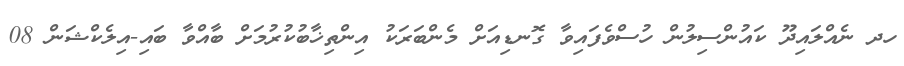
ހދ ނެއްލައިދޫ ކައުންސިލުން ހުސްވެފައިވާ ގޮނޑިއަށް މެންބަރަކު އިންތިޚާބުކުރުމަށް ބާއްވާ ބައި-އިލެކްޝަން 08